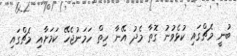
ބުނީ މެޗްގައި ކުޅެވުނު ގޮތާ މެދު އޭނާ ހިތް ހަމަނުޖެހޭ ކަމަށާއި މެޗްގައި